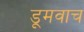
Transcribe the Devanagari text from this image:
डूमवाच